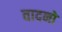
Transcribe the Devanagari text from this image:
वादनों